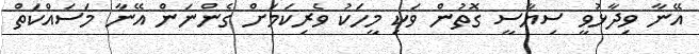
އޭނާ ވިދާޅުވީ ސިޔާސީ ގޮތުން ވަކި މީހަކު ވެރިކަމަށް ގެންނަން އޭނާ މަސައްކަތް